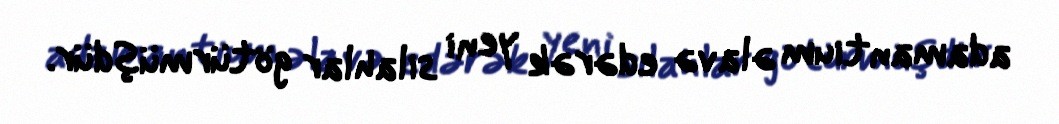
adamantium əlavə edərək yeni silahlar götürmüşdür.